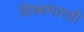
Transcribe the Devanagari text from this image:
विश्बभारती